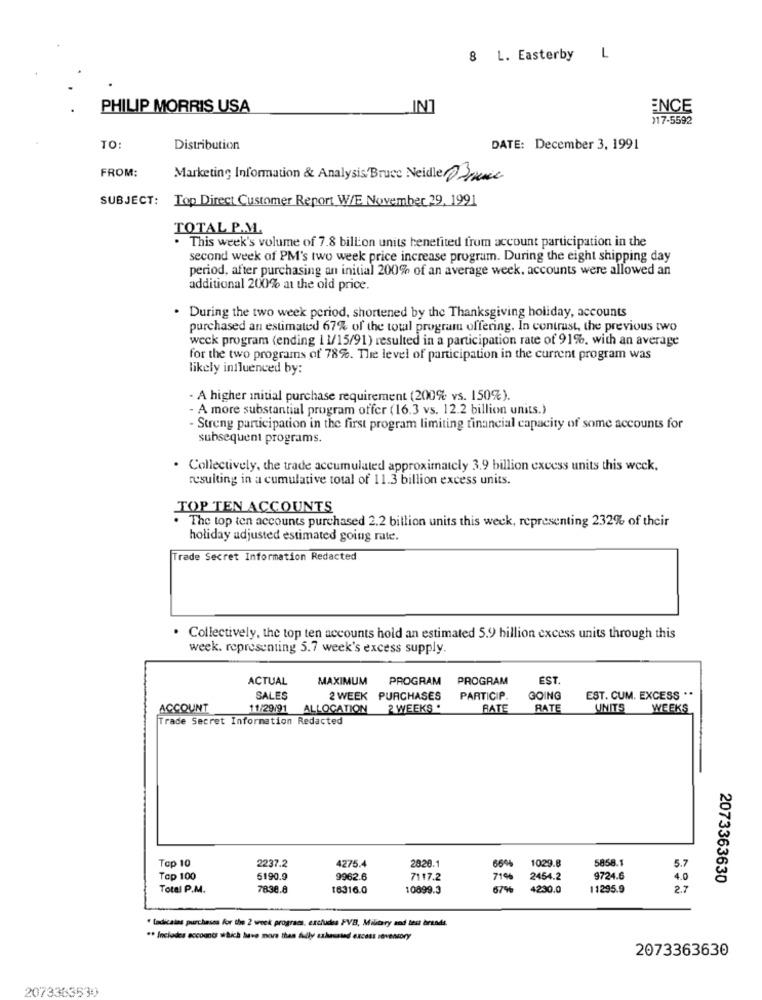
8 L. Easterby
L
PHILIP MORRIS USA
IN]
ENCE
)17-5592
TO:
Distribution
DATE: December 3, 1991
FROM:
Marketing Information & Analysis/Bruce Neidle DSauce
SUBJECT:
Top Direct Customer Report W/E November 29, 1991
TOTAL P.M.
. This week's volume of 7.8 billion units benefited from account participation in the
second week of PM's two week price increase program. During the eight shipping day
period, after purchasing an initial 200% of an average week, accounts were allowed an
additional 200% at the old price.
. During the two week period, shortened by the Thanksgiving holiday, accounts
purchased an estimated 67% of the total program offering. In contrast, the previous two
weck program (ending 11/15/91) resulted in a participation rate of 91%, with an average
for the two programs of 78%. The level of participation in the current program was
likely influenced by:
- A higher initial purchase requirement (200% vs. 150%%).
- A more substantial program offer (16.3 vs. 12.2 billion units.)
- Streng participation in the first program limiting financial capacity of some accounts for
subsequent programs.
. Collectively, the trade accumulated approximately 3.9 billion excess units this week.
resulting in a cumulative total of 11.3 billion excess units.
TOP TEN ACCOUNTS
The top ten accounts purchased 2.2 billion units this week, representing 232% of their
holiday adjusted estimated going rate.
Trade Secret Information Redacted
. Collectively, the top ten accounts hold an estimated 5.9 billion excess units through this
week. representing 5.7 week's excess supply.
ACTUAL
MAXIMUM
PROGRAM
PROGRAM
EST
SALES
2 WEEK PURCHASES
PARTICIP
GOING
EST. CUM. EXCESS **
ACCOUNT
11/29/91
ALLOCATION
2 WEEKS .
BATE
RATE
UNITS
WEEKS
Trade Secret Information Redacted
Top 10
2237.2
4275.4
1029.8
5858.1
2820.1
864
5.7
Top 100
5190.9
9962.6
7117.2
71%
2454.2
9724.6
4.0
2073363630
Total P.M.
7838.6
16316.0
10899.3
8756
4230.0
11295.9
2.7
" tadicains purchases for the 2 week programs, excludes FVB, Military and test brtods.
** Includes accounts which have more than fully szhasated excess sovensory
2073363630
2073363530